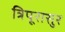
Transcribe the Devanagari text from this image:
त्रिपूरासुर